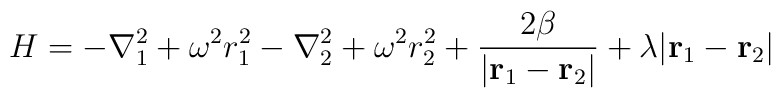
H = -\nabla^2_1 + \omega^2r^2_1 -\nabla^2_2 + \omega^2r^2_2 +{2\beta \over |{\bf r}_1-{\bf r}_2|} + \lambda |{\bf r}_1-{\bf r}_2|